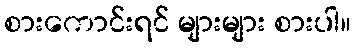
စားကောင်းရင် များများ စားပါ။